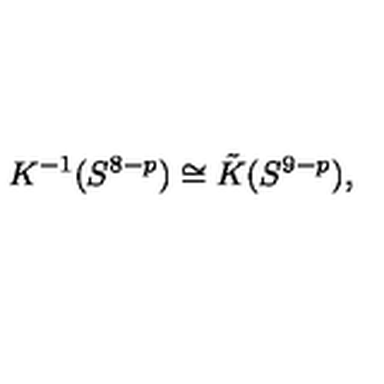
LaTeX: K ^ { - 1 } ( S ^ { 8 - p } ) \cong \tilde { K } ( S ^ { 9 - p } ) ,